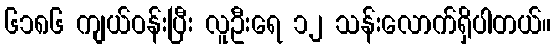
၆၁၈၆ ကျယ်ဝန်းပြီး လူဦးရေ ၁၂ သန်းလောက်ရှိပါတယ်။